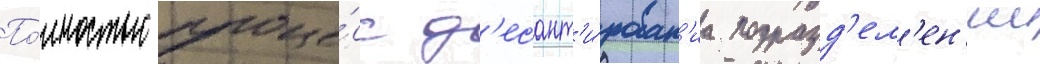
По́лностью проце́сс д'есант'и́рован'иа подразд'ел'ен'ии